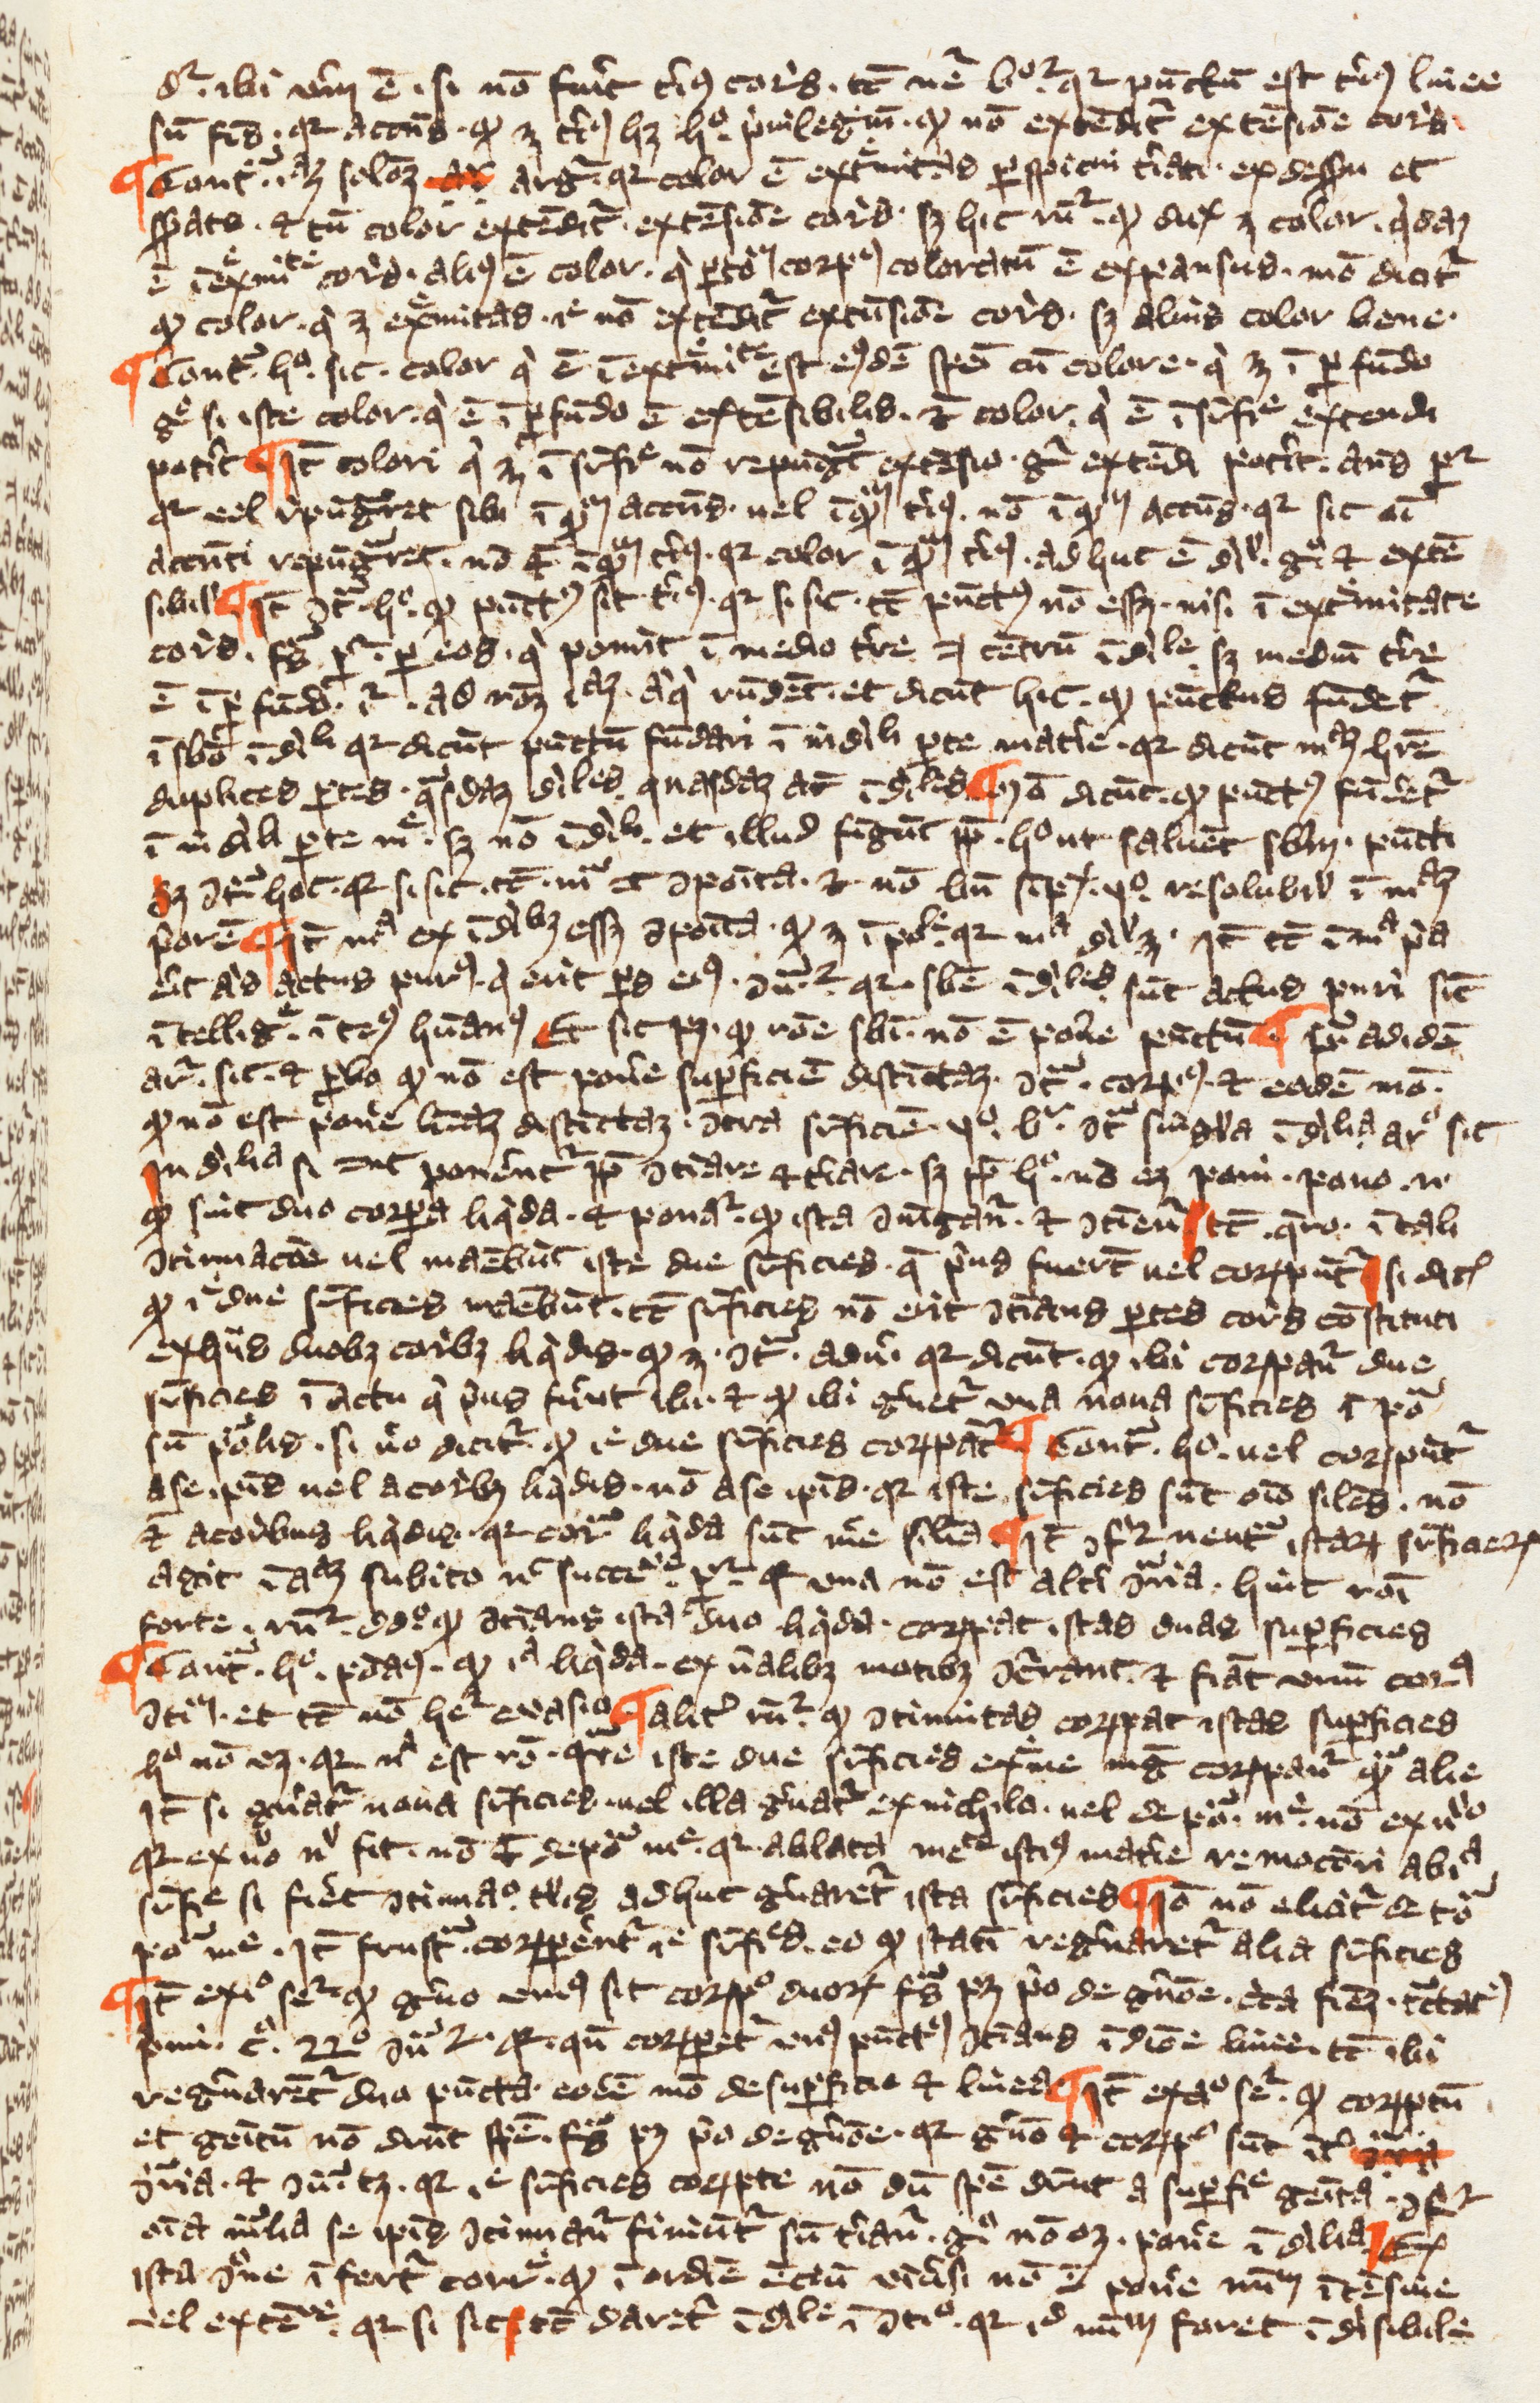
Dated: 1349–1364